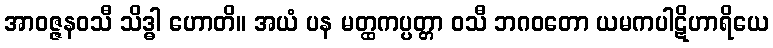
အာဝဇ္ဇနဝသီ သိဒ္ဓါ ဟောတိ။ အယံ ပန မတ္ထကပ္ပတ္တာ ဝသီ ဘဂဝတော ယမကပါဋိဟာရိယေ